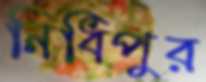
নিধিপুর